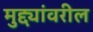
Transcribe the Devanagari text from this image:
मुद्द्यांवरील